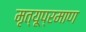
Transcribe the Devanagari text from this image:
मृत्यूप्रमाण